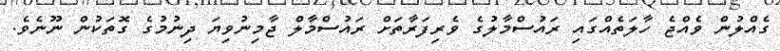
ގެއްލުން ވެއްޖެ ހާލަތެއްގައި ރައުސްމާލުގެ ވެރިފަރާތަށް ރައުސްމާލް ޖާމިނުވިޔަ ދިނުމުގެ ގޮތަކުން ނޫނެވެ.